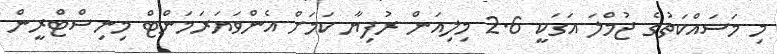
މި މަސައްކަތުގެ ޖުމްލަ އަގަކީ 2.6 މިލިއަން ރުފިޔާ ކަމަށް އެންވަޔަރަމަންޓް މިނިސްޓްރީން